Leningradi_Edasi_toimetus, lk 83
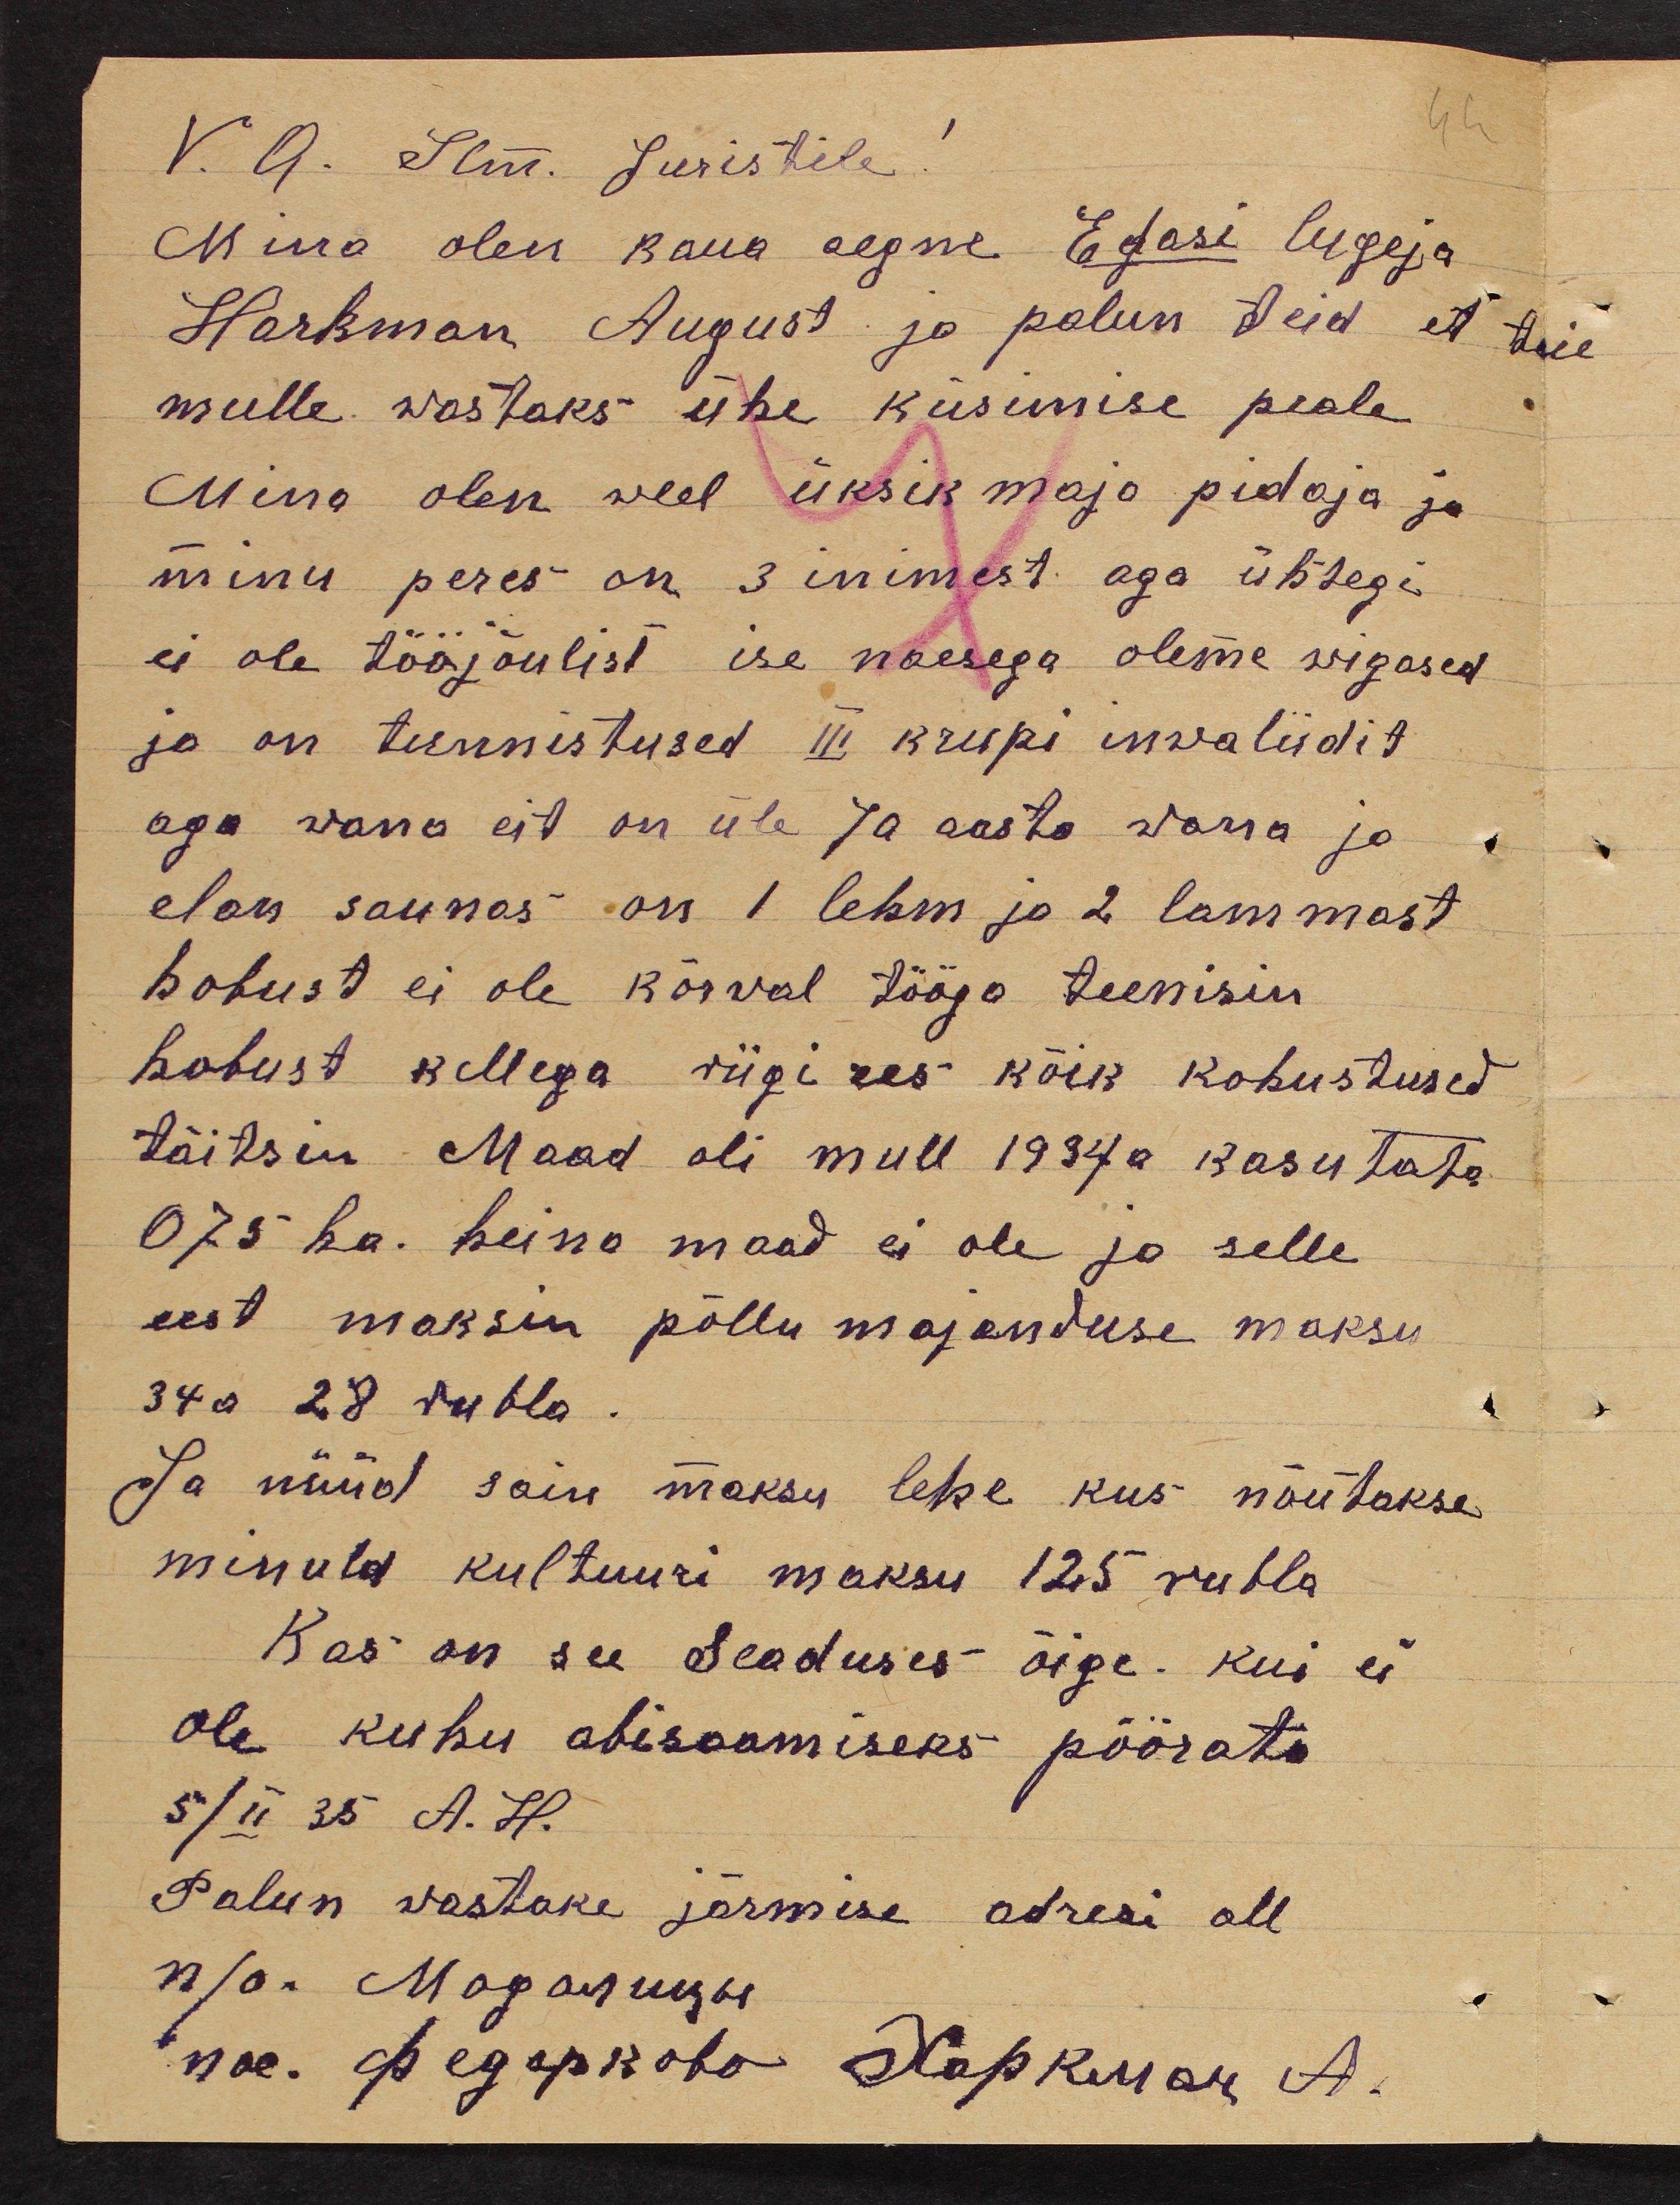
V. A. Slm. Juristile!
Mina olen kaua aegne Edasi lugeja
Harkman August ja palun teid et teie
mulle wastaks ühe küsimise peale
Mina olen weel üksik maja pidaja ja
minu peres on 3 inimest aga ühtegi
ei ole tööjõulist ise naesega oleme wigased
ja on tunnistused III krupi invaliidit
aga wana eit on üle 70 aasta wana ja
elan saunas on 1 lehm ja 2 lammast
hobust ei ole kõrval tööga teenisin
hobust kellega riigi ees kõik kohustused
täitsin Maad oli mull 1934 a kasutata
075 ha. heina maad ei ole ja selle
eest maksin põllu majanduse maksu
34 a 28 rubla.
Ja nüüd sain maksu lehe kus nõutakse
minult kultuuri maksu 125 rubla
Kas on see Seaduses õige. Kui ei
ole kuhu abisaamiseks pöörata
5/II 35 A. H.
Palun wastake järmise adresi all